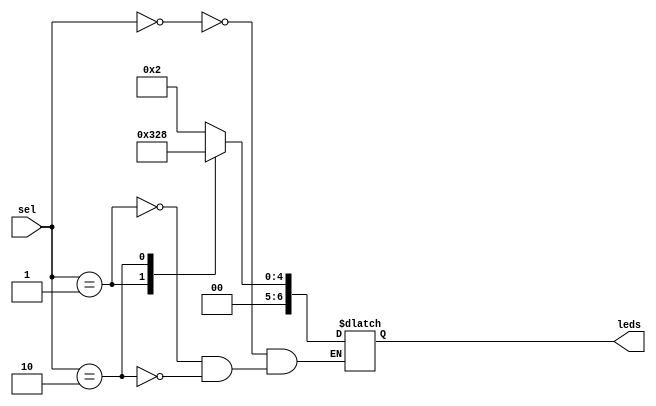
module Hex2Display(sel, leds);
	input [1:0] sel;
	output reg [7:1] leds;
	
	always @(sel)
	case (sel)
		0: leds = 7'b0000010;
		1: leds = 7'b0011001;
		2: leds = 7'b0001000;
	endcase
endmodule